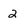
Character: 2